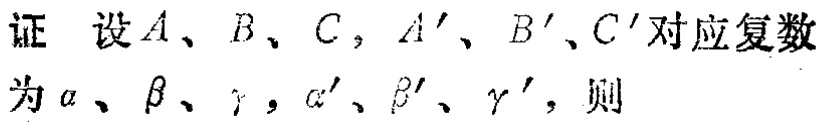
证 设$A、B、C$，$A^{\prime}、B^{\prime}、C^{\prime}$对应复数
为$\alpha、\beta、\gamma$，$\alpha^{\prime}、\beta^{\prime}、\gamma^{\prime}$，则